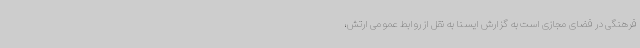
فرهنگی در فضای مجازی است به گزارش ایسنا به نقل از روابط عمومی ارتش،